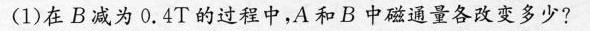
(1)在B减为0.4T的过程中，A和B中磁通量各改变多少?